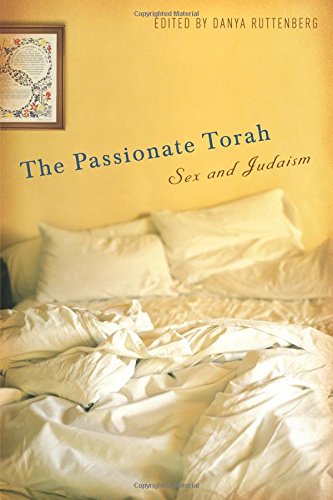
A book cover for The Passionate Torah: Sex and Judaism; Religion & Spirituality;